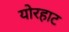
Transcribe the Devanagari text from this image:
योरहाट